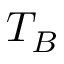
T _ { B }